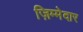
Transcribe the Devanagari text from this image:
ज़िम्‍मेदार